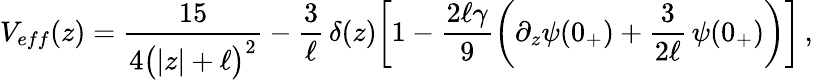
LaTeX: V_{eff}(z)=\frac{15}{4\big(|z|+\ell\big)^{2}}-\frac{3}{\ell}\, \delta(z)\bigg[1-\frac{2\ell\gamma}{9}\left(\partial_{z}\psi(0_{+})+\frac{3}{2\ell}\, \psi(0_{+})\right)\bigg]\, ,